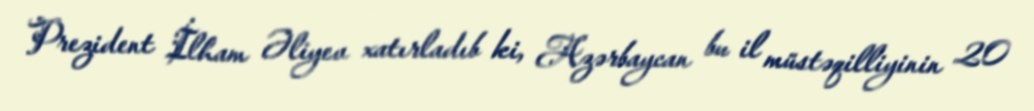
Prezident İlham Əliyev xatırladıb ki, Azərbaycan bu il müstəqilliyinin 20